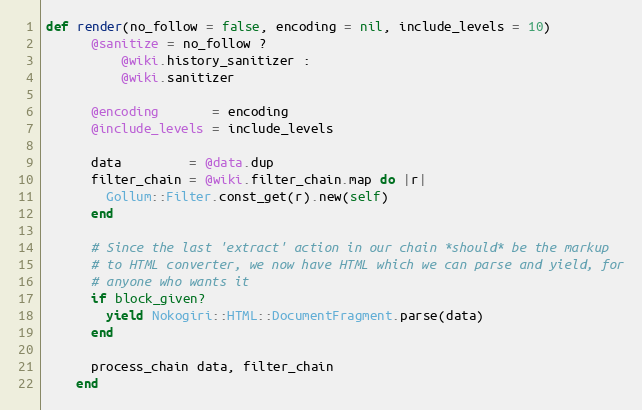
Language: Ruby
def render(no_follow = false, encoding = nil, include_levels = 10)
      @sanitize = no_follow ?
          @wiki.history_sanitizer :
          @wiki.sanitizer

      @encoding       = encoding
      @include_levels = include_levels

      data         = @data.dup
      filter_chain = @wiki.filter_chain.map do |r|
        Gollum::Filter.const_get(r).new(self)
      end

      # Since the last 'extract' action in our chain *should* be the markup
      # to HTML converter, we now have HTML which we can parse and yield, for
      # anyone who wants it
      if block_given?
        yield Nokogiri::HTML::DocumentFragment.parse(data)
      end

      process_chain data, filter_chain
    end